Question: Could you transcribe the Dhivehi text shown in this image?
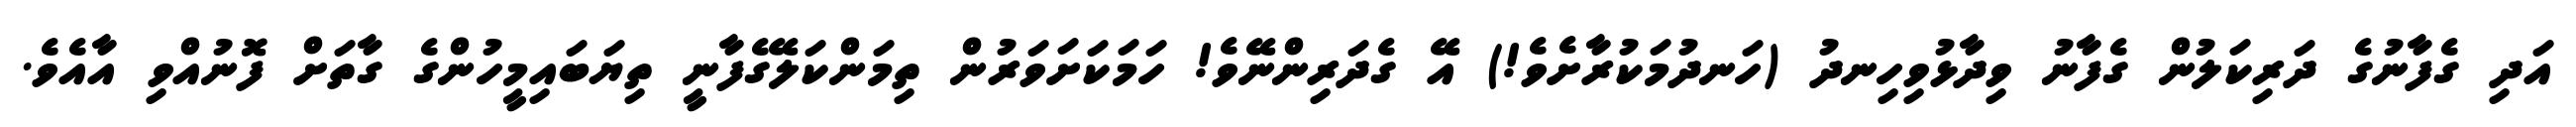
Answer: އަދި ގެފާނުގެ ދަރިކަލުން ގެފާނު ވިދާޅުވިހިނދު (ހަނދުމަކުރާށެވެ!) އޭ ގެދަރިންނޭވެ! ހަމަކަށަވަރުން ތިމަންކަލޭގެފާނީ ތިޔަބައިމީހުންގެ ގާތަށް ފޮނުއްވި އާއެވެ.